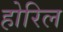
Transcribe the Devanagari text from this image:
होरिल